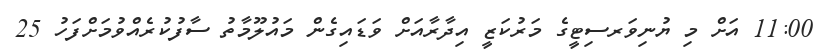
11:00 އަށް މި ޔުނިވަރސިޓީގެ މަރުކަޒީ އިދާރާއަށް ވަޑައިގެން މައުލޫމާތު ސާފުކުރެއްވުމަށްފަހު 25